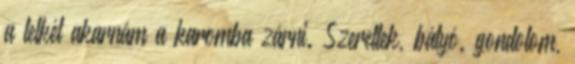
a lelkét akarnám a karomba zárni. Szeretlek, bátyó. gondolom,